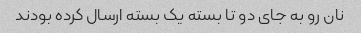
نان رو به جای دو تا بسته یک بسته ارسال کرده بودند